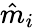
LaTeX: \hat{m}_{i}